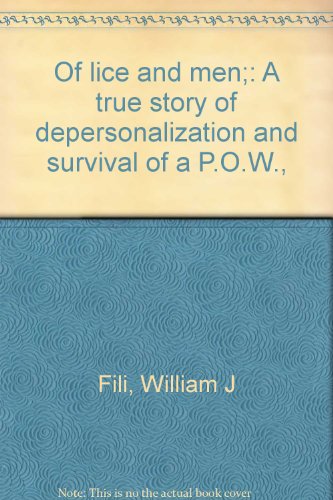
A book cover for Of lice and men;: A true story of depersonalization and survival of a P.O.W.,; William J Fili; Health, Fitness & Dieting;